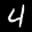
Label: 4